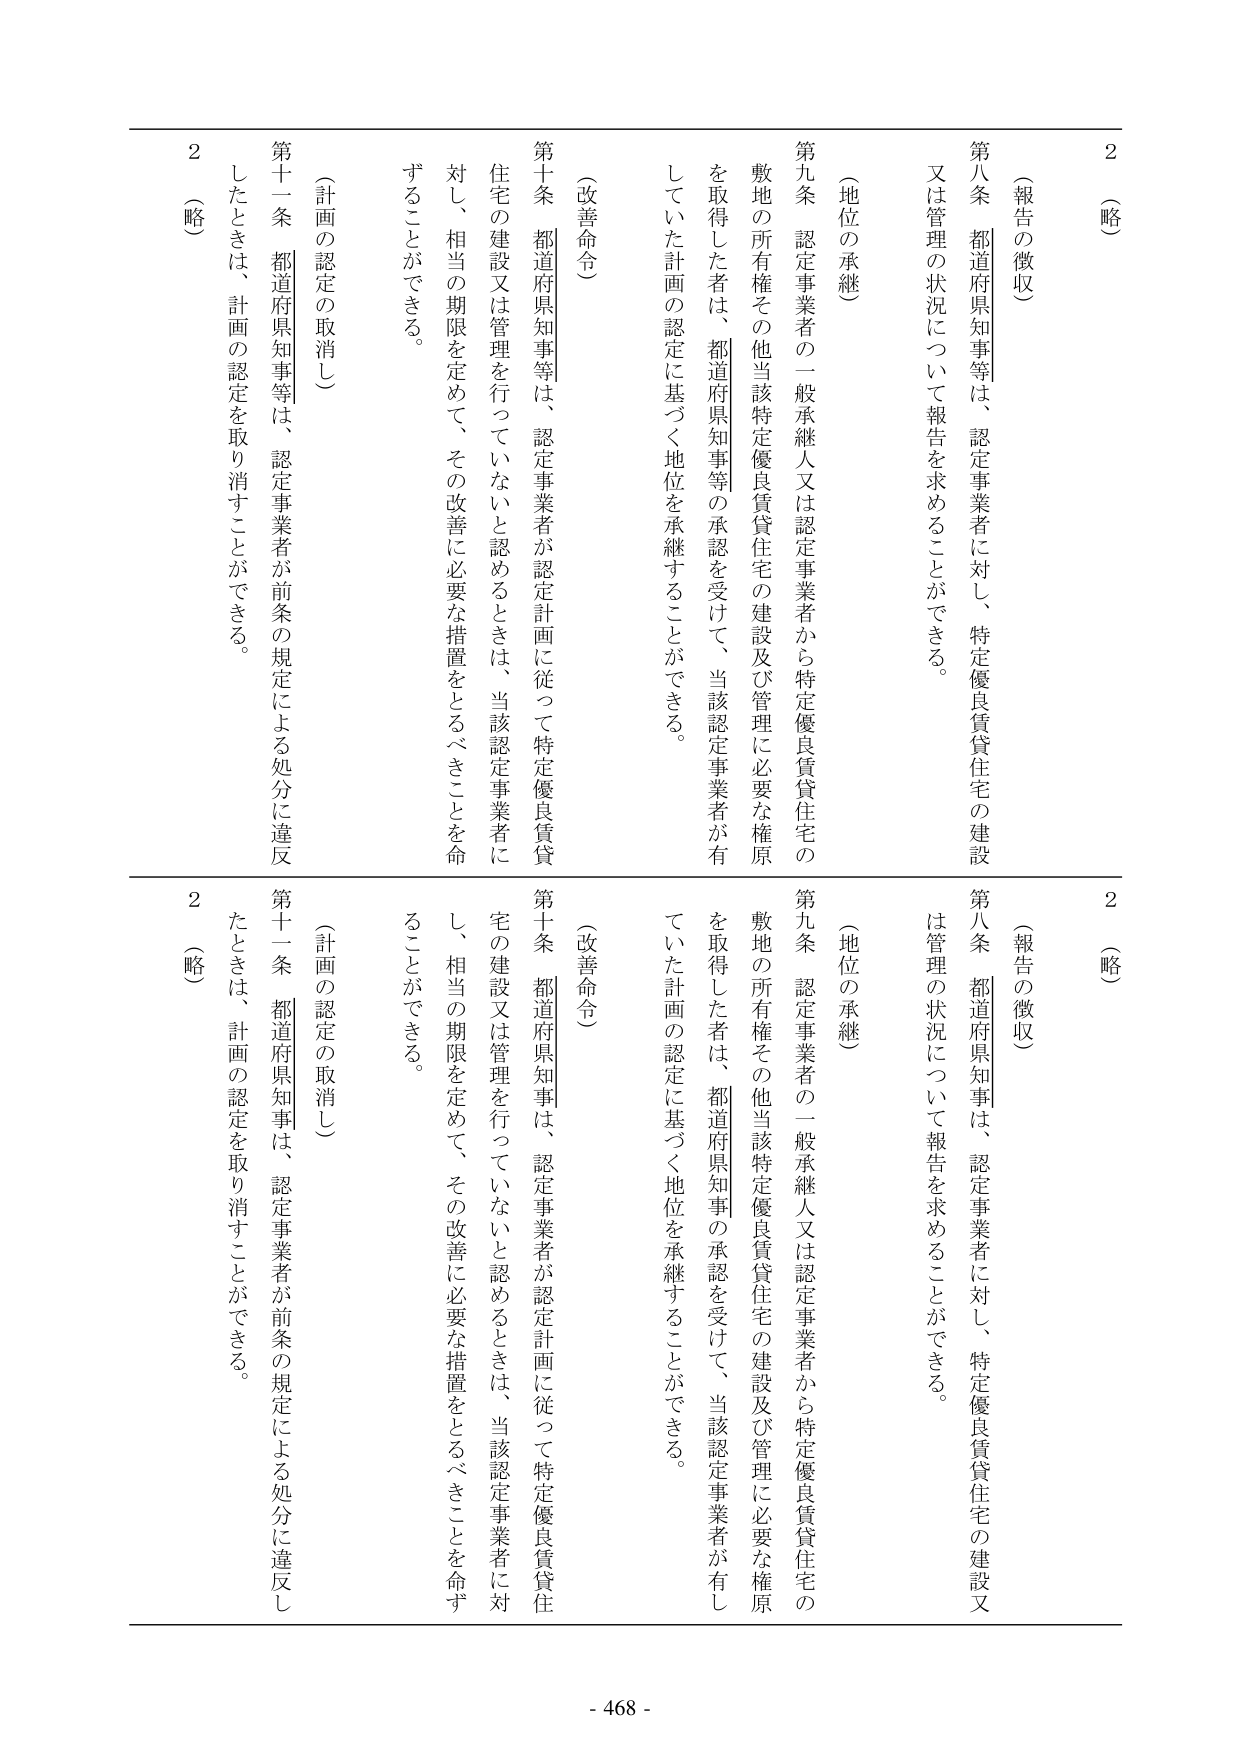
2 （略）
第八条 都道府県知事等は、認定事業者に対し、特定優良賃貸住宅の建設
又は管理の状況について報告を求めることができる。
（報告の徴収）
第九条 認定事業者の一般承継人又は認定事業者から特定優良賃貸住宅の
敷地の所有権その他当該特定優良賃貸住宅の建設及び管理に必要な権原
を取得した者は、都道府県知事等の承認を受けて、当該認定事業者が有
していた計画の認定に基づく地位を承継することができる。
（地位の承継）
第十条 都道府県知事等は、認定事業者が認定計画に従って特定優良賃貸
住宅の建設又は管理を行っていないと認めるときは、当該認定事業者に
対し、相当の期限を定めて、その改善に必要な措置をとるべきことを命
ずることができる。
（改善命令）
第十一条 都道府県知事等は、認定事業者が前条の規定による処分に違反
したときは、計画の認定を取り消すことができる。
（計画の認定の取消し）
2 （略）
第八条 都道府県知事は、認定事業者に対し、特定優良賃貸住宅の建設又
は管理の状況について報告を求めることができる。
（報告の徴収）
第九条 認定事業者の一般承継人又は認定事業者から特定優良賃貸住宅の
敷地の所有権その他当該特定優良賃貸住宅の建設及び管理に必要な権原
を取得した者は、都道府県知事の承認を受けて、当該認定事業者が有し
ていた計画の認定に基づく地位を承継することができる。
（地位の承継）
第十条 都道府県知事は、認定事業者が認定計画に従って特定優良賃貸住
宅の建設又は管理を行っていないと認めるときは、当該認定事業者に対
し、相当の期限を定めて、その改善に必要な措置をとるべきことを命ず
ることができる。
（改善命令）
第十一条 都道府県知事は、認定事業者が前条の規定による処分に違反し
たときは、計画の認定を取り消すことができる。
（計画の認定の取消し）
2 （略）
- 468 -